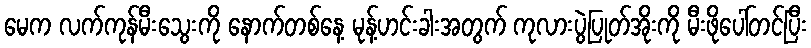
မေက လက်ကုန်မီးသွေးကို နောက်တစ်နေ့ မုန့်ဟင်းခါးအတွက် ကုလားပွဲပြုတ်အိုးကို မီးဖိုပေါ်တင်ပြီး